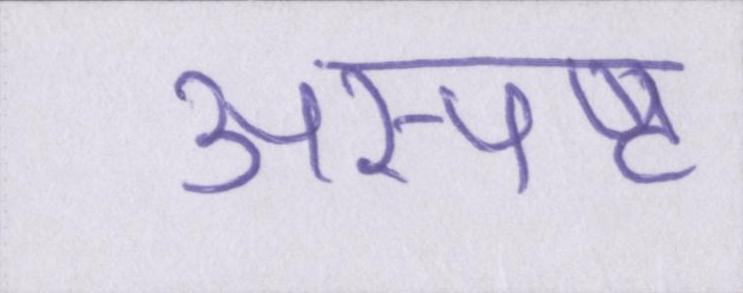
अस्पष्ट